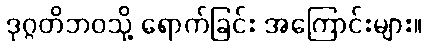
ဒုဂ္ဂတိဘဝသို့ ရောက်ခြင်း အကြောင်းများ။